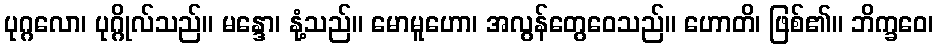
ပုဂ္ဂလော၊ ပုဂ္ဂိုလ်သည်။ မန္ဒော၊ နုံ့သည်။ မောမူဟော၊ အလွန်တွေဝေသည်။ ဟောတိ၊ ဖြစ်၏။ ဘိက္ခဝေ၊